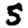
Digit: 5